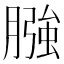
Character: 膙